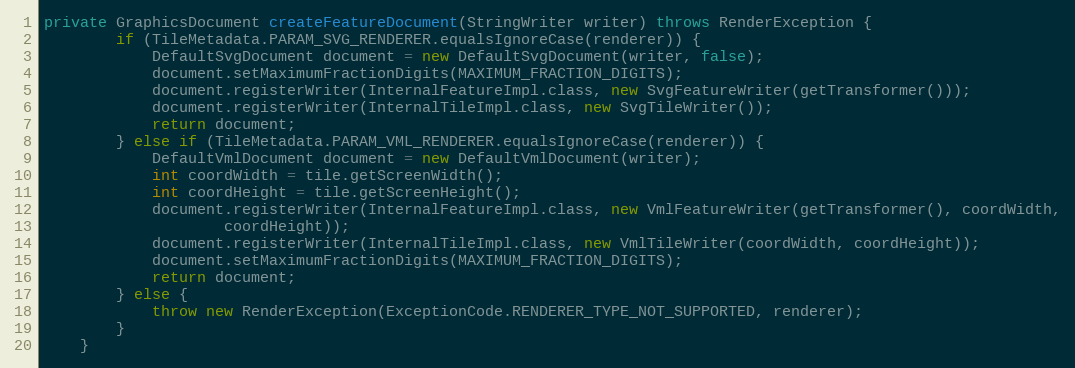
Language: Java
private GraphicsDocument createFeatureDocument(StringWriter writer) throws RenderException {
		if (TileMetadata.PARAM_SVG_RENDERER.equalsIgnoreCase(renderer)) {
			DefaultSvgDocument document = new DefaultSvgDocument(writer, false);
			document.setMaximumFractionDigits(MAXIMUM_FRACTION_DIGITS);
			document.registerWriter(InternalFeatureImpl.class, new SvgFeatureWriter(getTransformer()));
			document.registerWriter(InternalTileImpl.class, new SvgTileWriter());
			return document;
		} else if (TileMetadata.PARAM_VML_RENDERER.equalsIgnoreCase(renderer)) {
			DefaultVmlDocument document = new DefaultVmlDocument(writer);
			int coordWidth = tile.getScreenWidth();
			int coordHeight = tile.getScreenHeight();
			document.registerWriter(InternalFeatureImpl.class, new VmlFeatureWriter(getTransformer(), coordWidth,
					coordHeight));
			document.registerWriter(InternalTileImpl.class, new VmlTileWriter(coordWidth, coordHeight));
			document.setMaximumFractionDigits(MAXIMUM_FRACTION_DIGITS);
			return document;
		} else {
			throw new RenderException(ExceptionCode.RENDERER_TYPE_NOT_SUPPORTED, renderer);
		}
	}